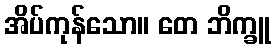
အိပ်ကုန်သော။ တေ ဘိက္ခူ